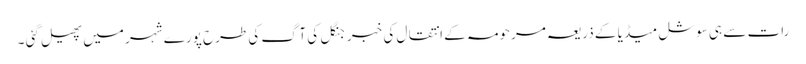
رات سے ہی سوشل میڈ یا کے ذریعہ مرحومہ کے انتقال کی خبر جنگل کی آگ کی طرح پورے شہر میں پھیل گئی ۔